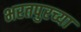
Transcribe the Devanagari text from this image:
भरतपुरच्या